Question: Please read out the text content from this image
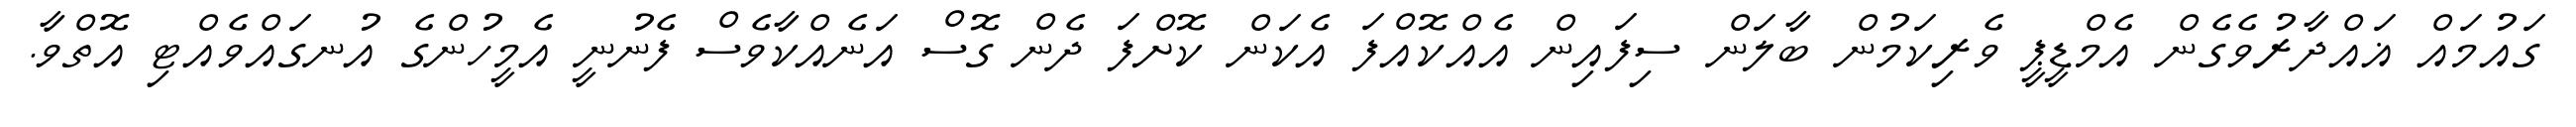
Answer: ގައުމައް ޣައްދާރުވެގެން އެމްޑީޕީ ވެރިކަމުން ބާލަން ސިފައިން އެއްކޮއްފަ އެކަން ކޮށްފަ ދެން ގޮސް އަނެއްކާވެސް ފެނުނީ އެމީހުންގެ އުނގައްވެއްޓި އޮތްވާ.